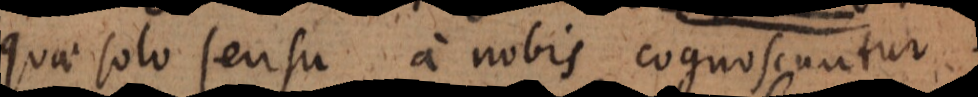
quae solo sensu a nobis cognoscuntur;